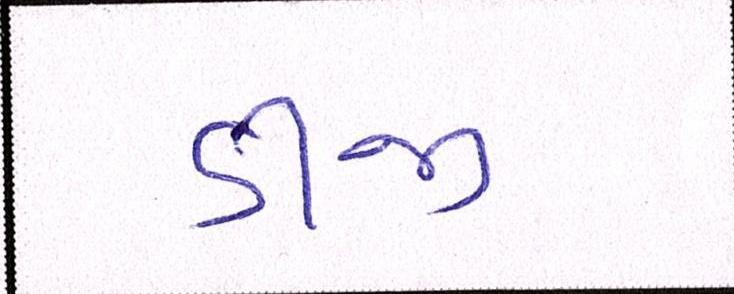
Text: ડીજી